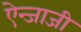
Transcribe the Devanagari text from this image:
ऐन्जाजी